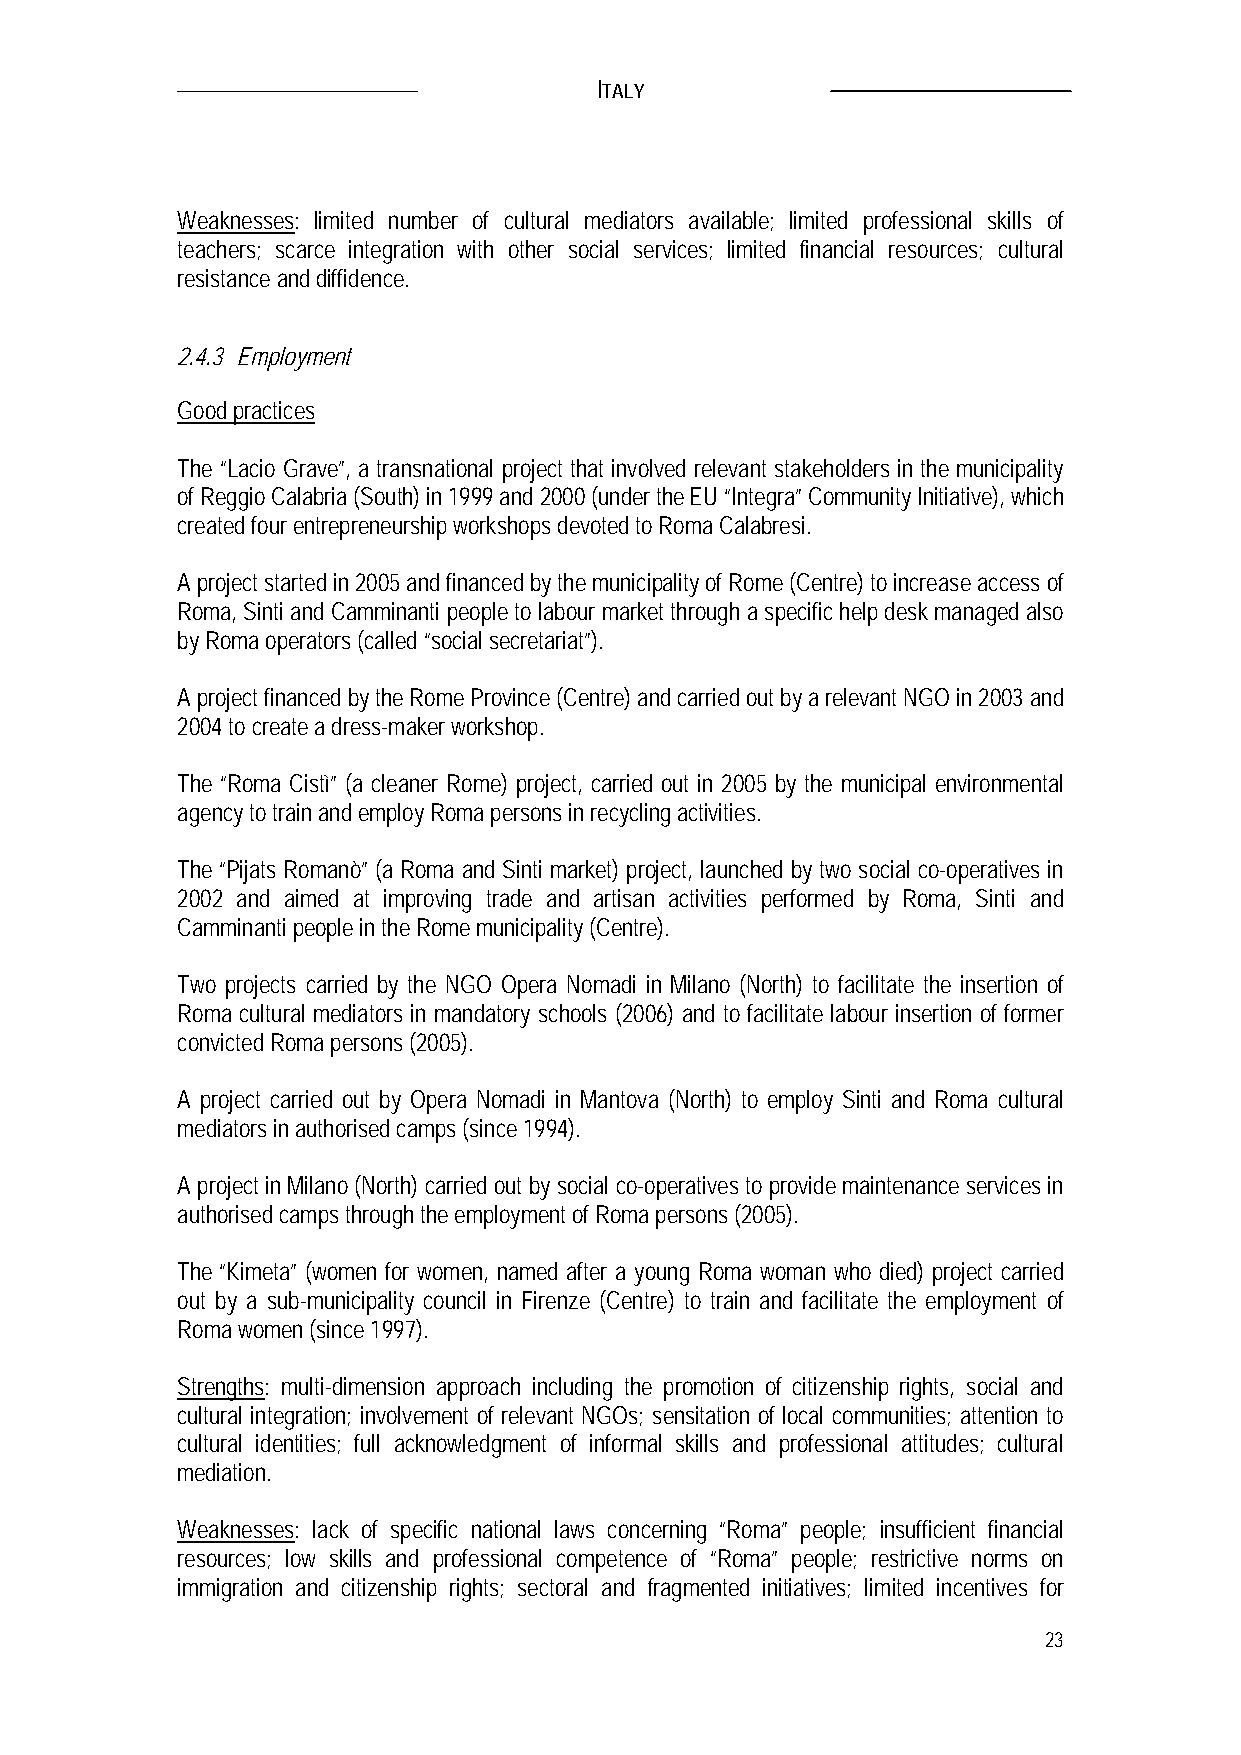
ITALY
 Weaknesses: limited number of cultural mediators available; limited professional skills of
 teachers; scarce integration with other social services; limited financial resources; cultural
 resistance and diffidence.
 2.4.3 Employment
 Good practices
 The “Lacio Grave”, a transnational project that involved relevant stakeholders in the municipality
 of Reggio Calabria (South) in 1999 and 2000 (under the EU “Integra” Community Initiative), which
 created four entrepreneurship workshops devoted to Roma Calabresi.
 A project started in 2005 and financed by the municipality of Rome (Centre) to increase access of
 Roma, Sinti and Camminanti people to labour market through a specific help desk managed also
 by Roma operators (called “social secretariat”).
 A project financed by the Rome Province (Centre) and carried out by a relevant NGO in 2003 and
 2004 to create a dress-maker workshop.
 The “Roma Cistì” (a cleaner Rome) project, carried out in 2005 by the municipal environmental
 agency to train and employ Roma persons in recycling activities.
 The “Pijats Romanò” (a Roma and Sinti market) project, launched by two social co-operatives in
 2002 and aimed at improving trade and artisan activities performed by Roma, Sinti and
 Camminanti people in the Rome municipality (Centre).
 Two projects carried by the NGO Opera Nomadi in Milano (North) to facilitate the insertion of
 Roma cultural mediators in mandatory schools (2006) and to facilitate labour insertion of former
 convicted Roma persons (2005).
 A project carried out by Opera Nomadi in Mantova (North) to employ Sinti and Roma cultural
 mediators in authorised camps (since 1994).
 A project in Milano (North) carried out by social co-operatives to provide maintenance services in
 authorised camps through the employment of Roma persons (2005).
 The “Kimeta” (women for women, named after a young Roma woman who died) project carried
 out by a sub-municipality council in Firenze (Centre) to train and facilitate the employment of
 Roma women (since 1997).
 Strengths: multi-dimension approach including the promotion of citizenship rights, social and
 cultural integration; involvement of relevant NGOs; sensitation of local communities; attention to
 cultural identities; full acknowledgment of informal skills and professional attitudes; cultural
 mediation.
 Weaknesses: lack of specific national laws concerning “Roma” people; insufficient financial
 resources; low skills and professional competence of “Roma” people; restrictive norms on
 immigration and citizenship rights; sectoral and fragmented initiatives; limited incentives for
 23